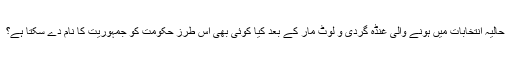
حالیہ انتخابات میں ہونے والی غنڈہ گردی و لوٹ مار کے بعد کیا کوئی بھی اِس طرزِ حکومت کو جمہوریت کا نام دے سکتا ہے؟